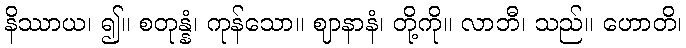
နိဿာယ၊ ၍။ စတုန္နံ၊ ကုန်သော။ ဈာနာနံ၊ တို့ကို။ လာဘီ၊ သည်။ ဟောတိ၊